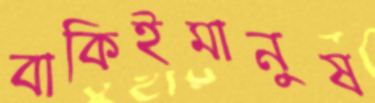
বাকিইমানুষ